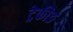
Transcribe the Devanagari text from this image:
ट्रेकीङ